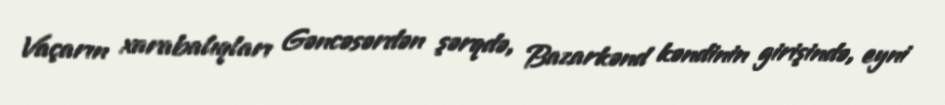
Vaçarın xarabalıqları Gəncəsərdən şərqdə, Bazarkənd kəndinin girişində, eyni